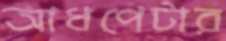
আধপেটার